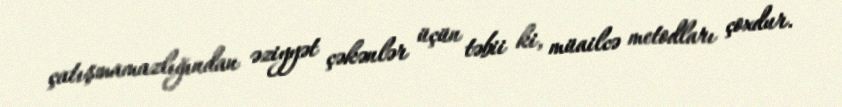
çatışmamazlığından əziyyət çəkənlər üçün təbii ki, müailcə metodları çoxdur.